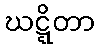
ဃဋ္ဋိတာ